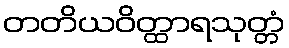
တတိယဝိတ္ထာရသုတ္တံ